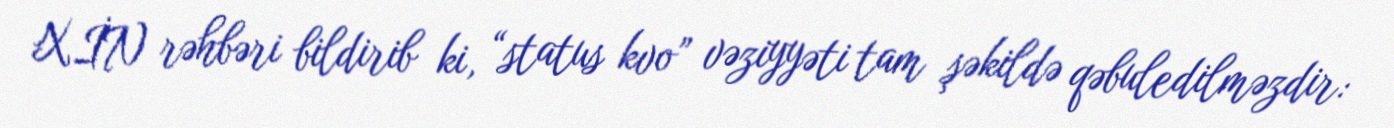
XİN rəhbəri bildirib ki, “status kvo” vəziyyəti tam şəkildə qəbuledilməzdir: